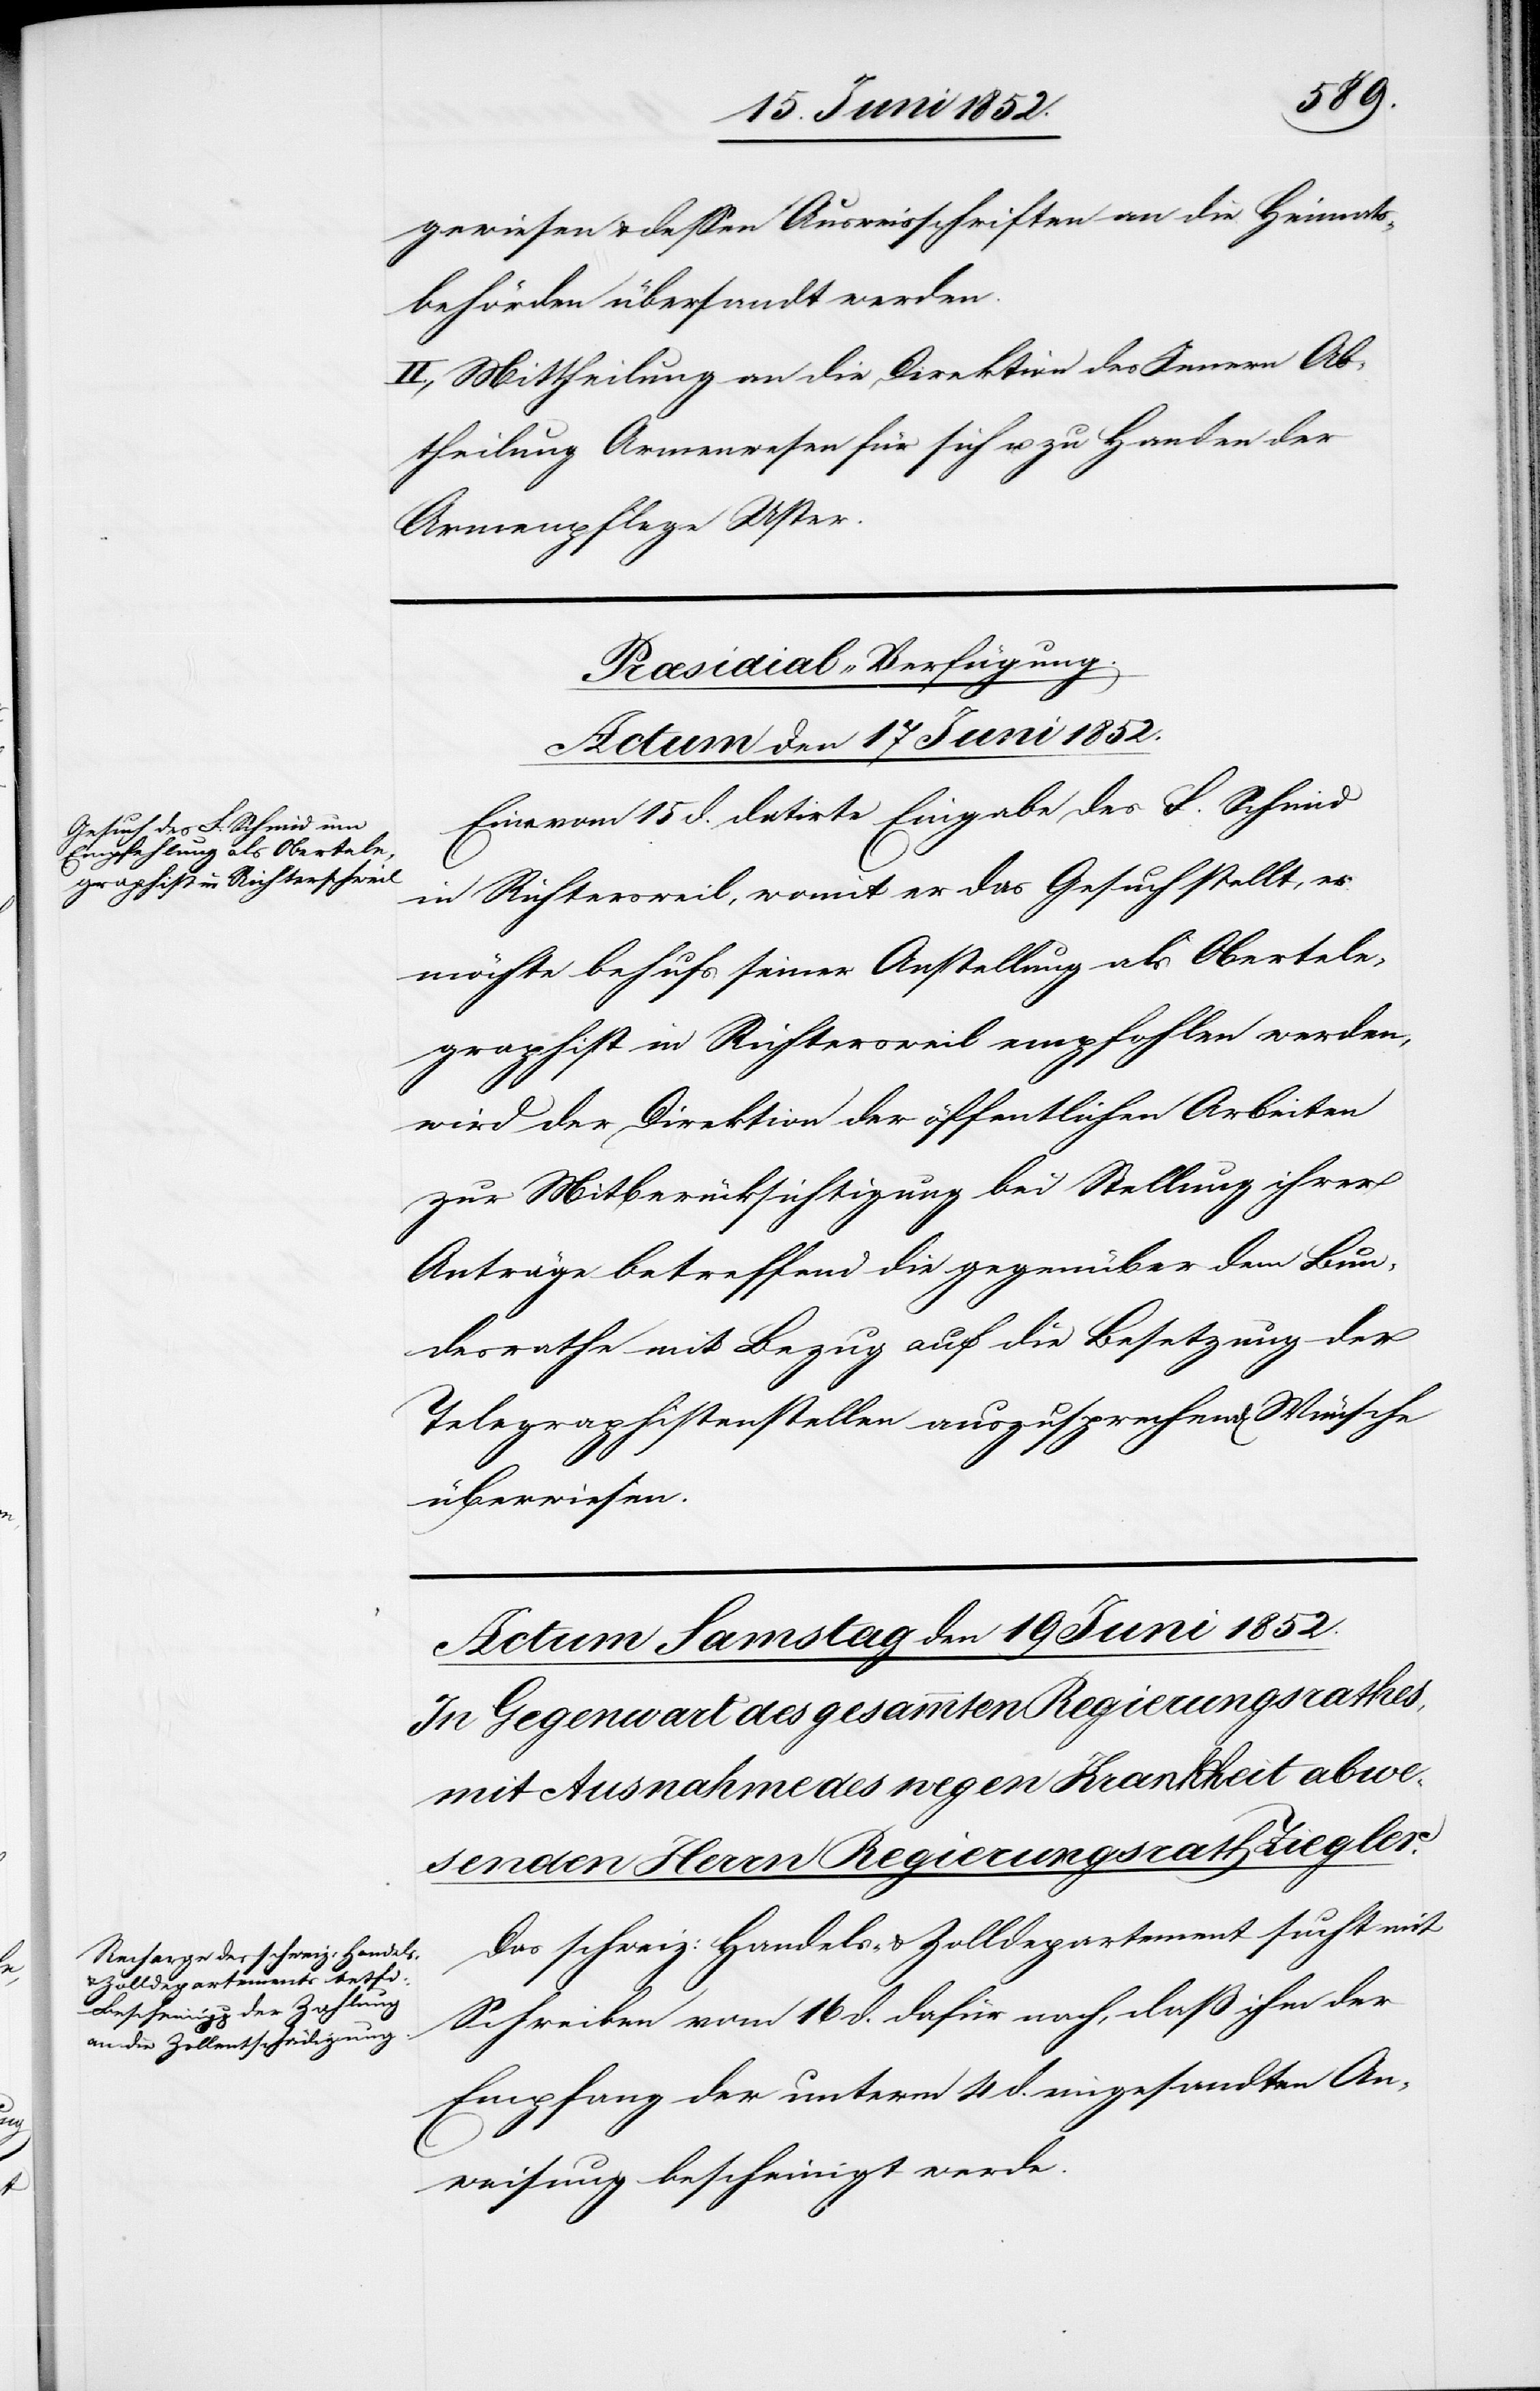
gewiesen & dessen Ausweisschriften an die Heimats¬
behörden übersandt werden.
II., Mittheilung an die Direktion des Innern Ab¬
theilung Armenwesen für sich u. zu Handen der
Armenpflege Uster.
Præsidial-Verfügung.
Actum den 17 Juni 1852.
Eine vom 15 d. datirte Eingabe des F. Schmid
in Richtersweil, womit er das Gesuch stellt,
möchte behufs seiner Anstellung als Obertele¬
graphist in Richtersweil empfohlen werden,
wird der Direktion der öffentlichen Arbeiten
zur Mitberücksichtigung bei Stellung ihrer
Anträge betreffend die gegenüber dem Bun¬
desrathe mit Bezug auf die Besetzung der
Telegraphistenstellen auszusprechend[en] Wünsche
überwiesen.
Das schweiz: Handels- & Zolldepartement sucht mit
Schreiben vom 16 d. dafür nach, daß ihm der
Empfang der unterm 4 d. eingesandten An¬
weisung bescheinigt werde.